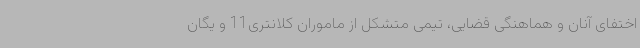
اختفای آنان و هماهنگی قضایی، تیمی متشکل از ماموران کلانتری11 و یگان